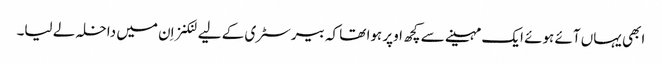
ابھی یہاں آئے ہوئے ایک مہینے سے کچھ اوپر ہوا تھا کہ بیرسٹری کے لیے لنکنز اِن میں داخلہ لے لیا۔